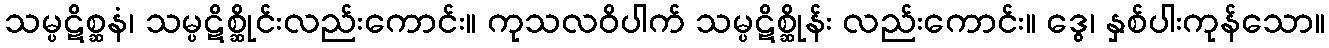
သမ္ပဋိစ္ဆနံ၊ သမ္ပဋိစ္ဆိုင်းလည်းကောင်း။ ကုသလဝိပါက် သမ္ပဋိစ္ဆိုန်း လည်းကောင်း။ ဒွေ၊ နှစ်ပါးကုန်သော။